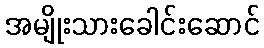
အမျိုးသားခေါင်းဆောင်